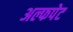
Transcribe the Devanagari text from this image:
अल्फपेट